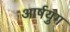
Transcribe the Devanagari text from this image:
आर्षयुग